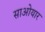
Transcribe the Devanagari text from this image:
साओयार